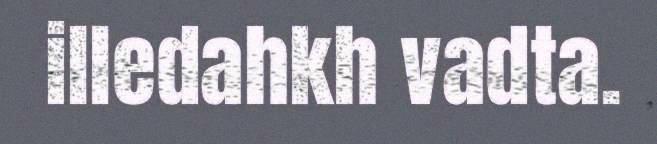
illedahkh vadta.